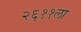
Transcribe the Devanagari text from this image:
२६११ला